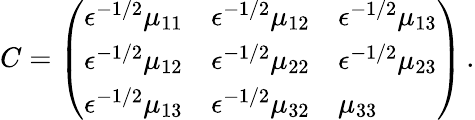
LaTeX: C=\left(\begin{array}{lll}{\epsilon^{-1/2}\mu_{11}}&{\epsilon^{-1/2}\mu_{12}}&{\epsilon^{-1/2}\mu_{13}}\\ {\epsilon^{-1/2}\mu_{12}}&{\epsilon^{-1/2}\mu_{22}}&{\epsilon^{-1/2}\mu_{23}}\\ {\epsilon^{-1/2}\mu_{13}}&{\epsilon^{-1/2}\mu_{32}}&{\mu_{33}}\end{array}\right)\, .